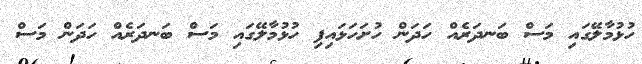
ހުޅުމާލޭގައި މަސް ބަނދަރެއް ހަދަން ހުށަހަޅައިފި ހުޅުމާލޭގައި މަސް ބަނދަރެއް ހަދަން މަސް